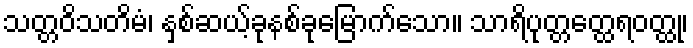
သတ္တဝိသတိမံ၊ နှစ်ဆယ့်ခုနစ်ခုမြောက်သော။ သာရိပုတ္တတ္ထေရဝတ္ထု၊